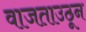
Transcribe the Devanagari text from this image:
वाजताउठून